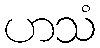
ဟသံ